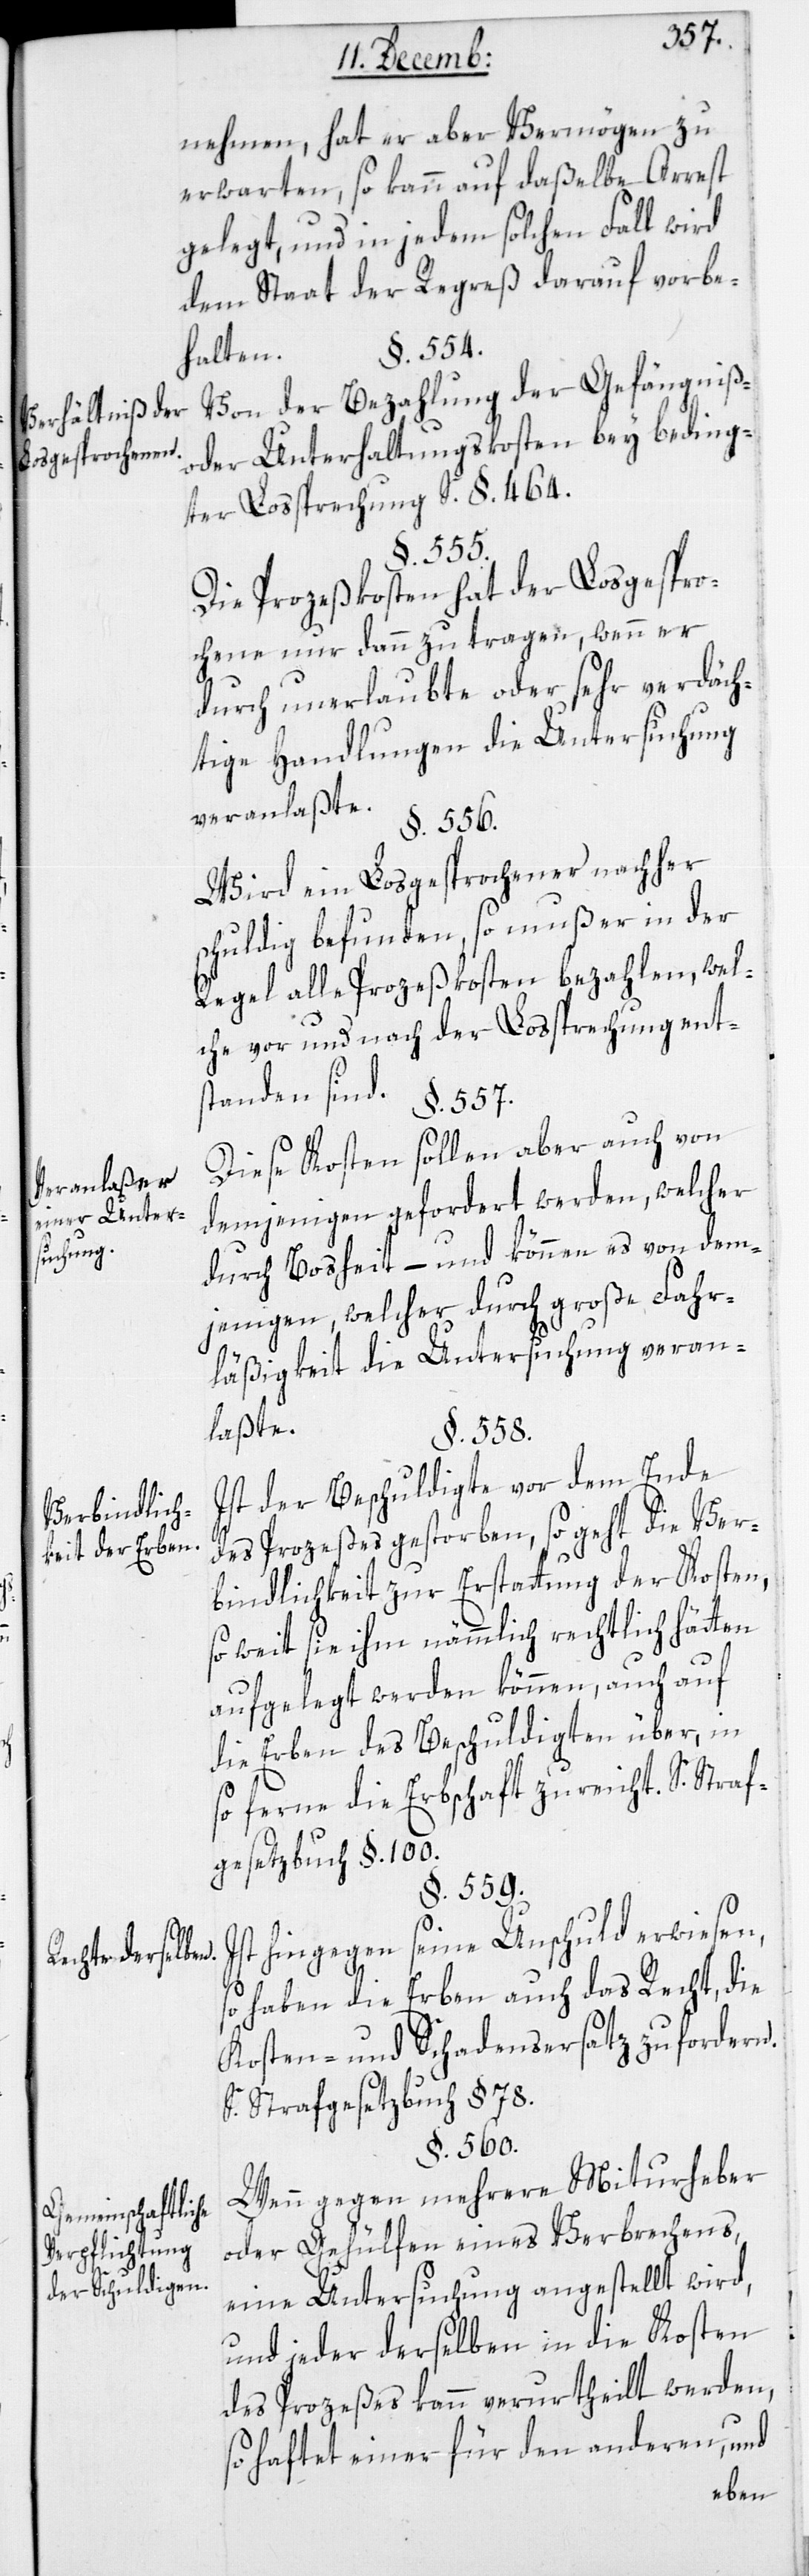
Verhältniß der
Losgesprochenen.
Veranlaßer
einer Unter¬
suchung.
Verbindlich¬
keit der Erben.
Rechte derselben.
Gemeinschaftliche
Verpflichtung
der Schuldigen.

nehmen, hat er aber Vermögen zu
erwarten, so kann auf daßelbe Arrest
gelegt, und in jedem solchen Fall wird
dem Staat der Regreß darauf vorbe¬
§. 554.
halten.
Von der Bezahlung der Gefängnis-
oder Unterhaltungskosten bey beding¬
ter Lossprechung S. §. 464.
§. 555.
Die Prozeßkosten hat der Losgespro¬
chene nur dann zu tragen, wenn er
durch unerlaubte oder sehr verdäch¬
tige Handlungen die Untersuchung
veranlaßte.
§. 556.
Wird ein Losgesprochener nachher
schuldig befunden, so muß er in der
Regel alle Prozeßkosten bezahlen, wel¬
che vor und nach der Lossprechung ents¬
tanden sind.
§. 557.
Diese Kosten sollen aber auch von
demjenigen gefordert werden, welcher
durch Bosheit – und können es von dem¬
jenigen, welcher durch große Fahr¬
läßigkeit die Untersuchung veran¬
laßte.
§. 558.
Ist der Beschuldigte vor dem Ende
des Prozeßes gestorben, so geht die Ver¬
bindlichkeit zur Erstattung der Kosten,
so weit sie ihm nämmlich rechtlich hätten
aufgelegt werden können, auch auf
die Erben des Beschuldigten über, in
so ferne die Erbschaft zureicht. S. Straf¬
gesetzbuch §. 100.
§. 559.
Ist hingegen seine Unschuld erwiesen,
so haben die Erben auch das Recht, die
Kosten- und Schadensersatz zu fordern.
S. Strafgesetzbuch §. 78.
§. 560.
Wenn gegen mehrere Miturheber
oder Gehülfen eines Verbrechens,
eine Untersuchung angestellt wird,
und jeder derselben in die Kosten
des Prozeßes kann verurtheilt werden,
so haftet einer für den andern, und